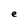
Character: e